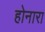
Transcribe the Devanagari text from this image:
होनारा